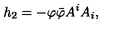
h _ { 2 } = - \varphi \bar { \varphi } A ^ { i } A _ { i } ,